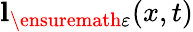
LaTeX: \mathbf{l}_{\ensuremath{\varepsilon}}(x,t)